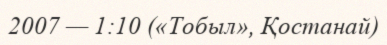
2007 — 1:10 («Тобыл», Қостанай)